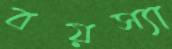
বয়স্যা